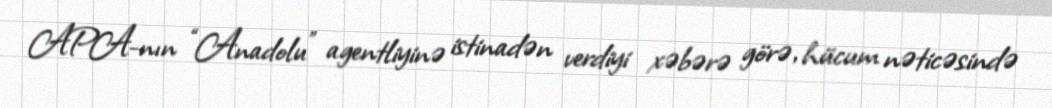
APA-nın “Anadolu” agentliyinə istinadən verdiyi xəbərə görə, hücum nəticəsində